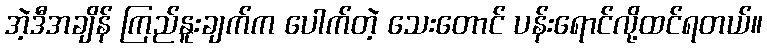
အဲ့ဒီအချိန် ကြည်နူးချက်က ပေါက်တဲ့ သေးတောင် ပန်းရောင်လို့ထင်ရတယ်။